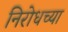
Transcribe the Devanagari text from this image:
निरोधच्या